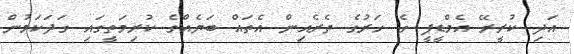
އަދި ކުރީރޭ އެމްޑީޕީ ގެ ހަރުގެ ތެރެއިން އެތައް ބަޔެއްގެ ކުރިމަތީގައި ގަދަކަމުން